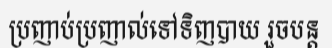
ប្រញាប់ប្រញាល់ទៅទិញបាយ រួចបន្ត